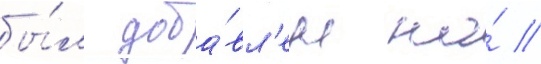
бы́л доба́вл'ен на́ //